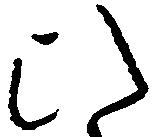
ひ